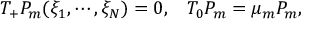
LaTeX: T _ { + } P _ { m } ( \xi _ { 1 } , \cdots , \xi _ { N } ) = 0 , \; \; \; T _ { 0 } P _ { m } = \mu _ { m } P _ { m } ,